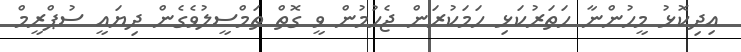
އިދިކޮޅު މީހުންނާ ހަތަރުކަޅި ހަމަކުރަން ޖެހުމުން ވީ ގޮތް ތަމްސީލުވެގެން ދިޔައީ ސުޕްރީމް